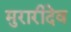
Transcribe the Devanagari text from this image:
मुरारीदेव